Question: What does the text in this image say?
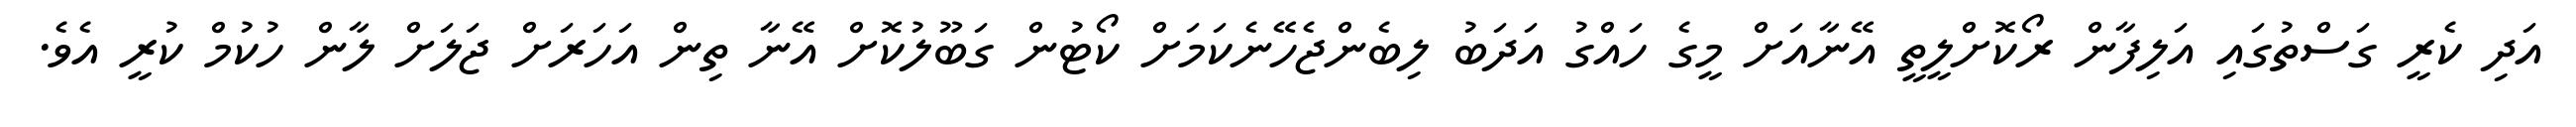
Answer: އަދި ކެރީ ގަސްތުގައި އަލިފާން ރޯކޮށްލީތީ އޭނާއަށް މީގެ ހައްގު އަދަބު ލިބެންޖެހޭނެކަމަށް ކޯޓުން ގަބޫލުކޮށް އޭނާ ތިން އަހަރަށް ޖަލަށް ލާން ހުކުމް ކުރީ އެވެ.